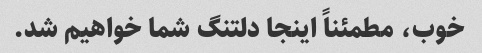
خوب، مطمئناً اینجا دلتنگ شما خواهیم شد.